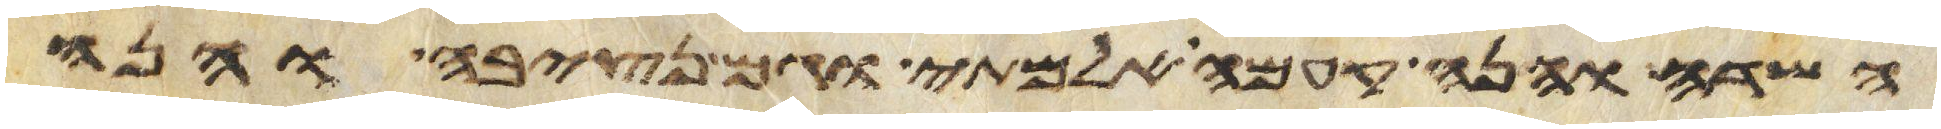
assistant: השדה והנה קמה אלמתי וגם נצבה והנה